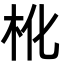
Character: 杹